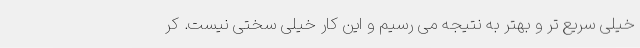
خیلی سریع تر و بهتر به نتیجه می رسیم و این کار خیلی سختی نیست. کر